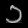
Digit: ၁